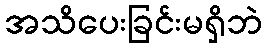
အသိပေးခြင်းမရှိဘဲ